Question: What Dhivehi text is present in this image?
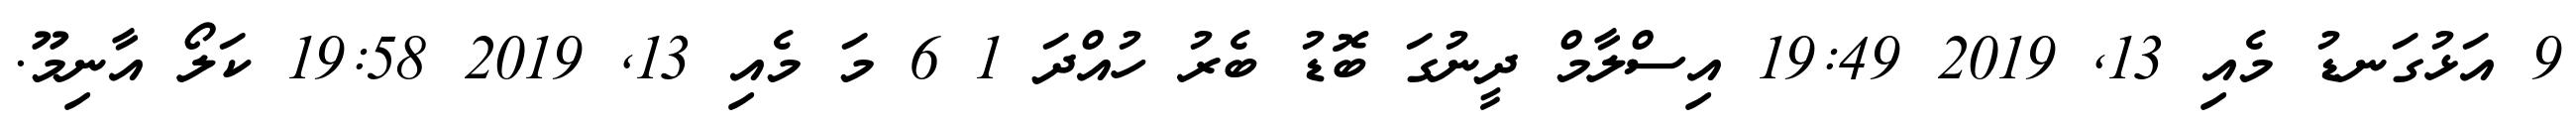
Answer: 9 އަޅުގަނޑު މެއި 13, 2019 19:49 އިސްލާމް ދީނުގަ ބޮޑު ބެރު ހުއްދަ 1 6 މަ މެއި 13, 2019 19:58 ކަލޯ އާނިމޫ.